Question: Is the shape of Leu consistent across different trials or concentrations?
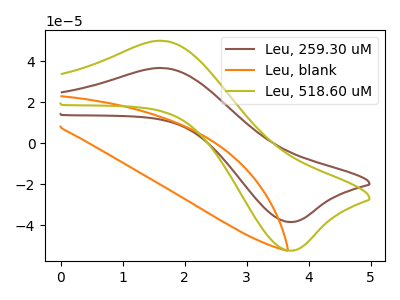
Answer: <think>The brown curve "Leu, 259.30 uM" has an anodic peak at (1.65V, 36.50uA) and a cathodic peak at (3.75V, -38.45uA). The orange curve "Leu, blank" has no peaks. The olive curve "Leu, 518.60 uM" has an anodic peak at (1.65V, 49.75uA) and a cathodic peak at (3.75V, -52.40uA).
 "Leu, 259.30 uM" and "Leu, blank" have a different number of peaks. All the peaks in "Leu, 259.30 uM" have a peak in "Leu, 518.60 uM" at the same potential. Every peak in "Leu, 259.30 uM" is lower than every peak in "Leu, 518.60 uM". "Leu, blank" and "Leu, 518.60 uM" have a different number of peaks.</think>
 <answer>All the CV's of "Leu" have similar shape.</answer>
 <eval>follow_rule</eval>